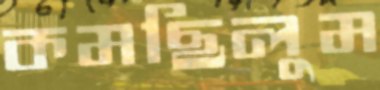
কমছিলুম